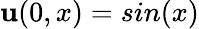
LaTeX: \mathbf{u}(0,x)=sin(x)